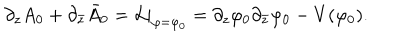
\partial _ { z } A _ { 0 } + \partial _ { \bar { z } } \bar { A } _ { 0 } = \left. { \cal L } \right| _ { \varphi = \varphi _ { 0 } } = \partial _ { z } \varphi _ { 0 } \partial _ { \bar { z } } \varphi _ { 0 } - V ( \varphi _ { 0 } ) .